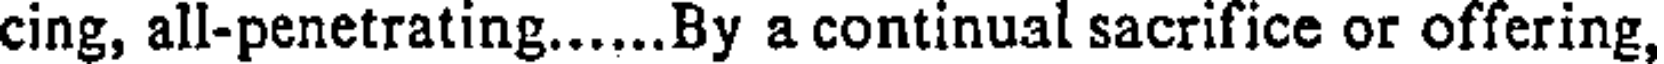
cing, all-penetrating......By a continual sacrifice or offering,